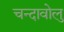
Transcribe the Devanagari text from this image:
चन्दावोलु